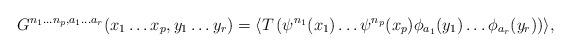
LaTeX: \begin{align*}G^{n_1\ldots n_p, a_1\ldots a_r}(x_1\ldots x_p,y_1\ldots y_r) = \langle T\left( \psi^{n_1}(x_1)\ldots \psi^{n_p}(x_p) \phi_{a_1}(y_1)\ldots \phi_{a_r}(y_r)\right)\rangle , \end{align*}